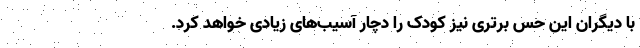
با دیگران این حس برتری نیز کودک را دچار آسیب‌های زیادی خواهد کرد.